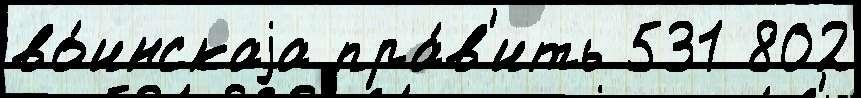
во́инскаjа пра́в'ить 531 802